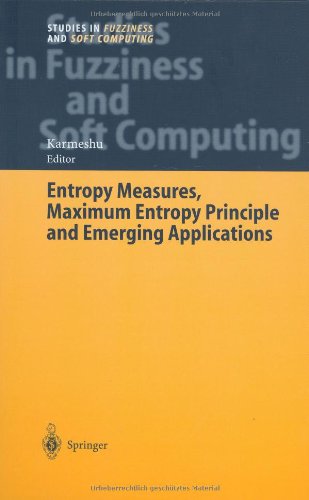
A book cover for Entropy Measures, Maximum Entropy Principle and Emerging Applications (Studies in Fuzziness and Soft Computing); Science & Math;